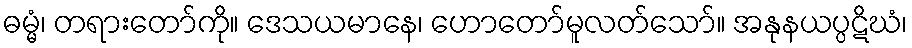
ဓမ္မံ၊ တရားတော်ကို။ ဒေသယမာနေ၊ ဟောတော်မူလတ်သော်။ အနုနယပ္ပဋိဃံ၊